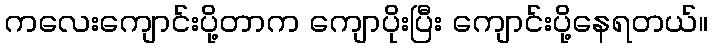
ကလေးကျောင်းပို့တာက ကျောပိုးပြီး ကျောင်းပို့နေရတယ်။